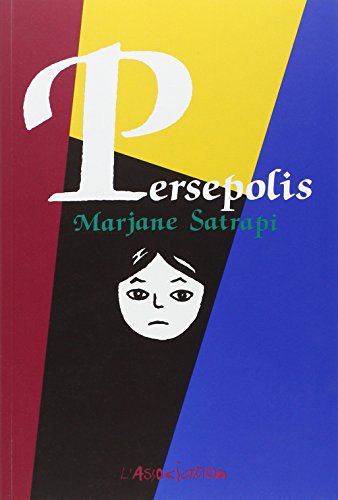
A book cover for Persepolis: Persepolis / Complete Edition (French Edition); Satrapi Marjane; History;